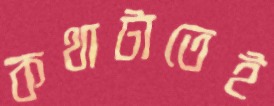
কথাটাতেই